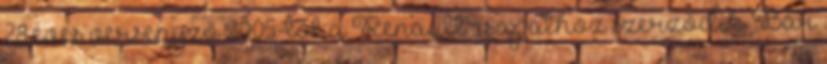
28 éves versenyző 2005-től a Renault csapathoz szerződik. Bár